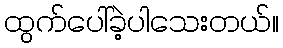
ထွက်ပေါ်ခဲ့ပါသေးတယ်။